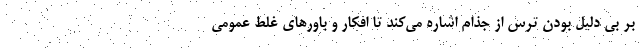
بر بی دلیل بودن ترس از جذام اشاره می‌کند تا افکار و باورهای غلط عمومی